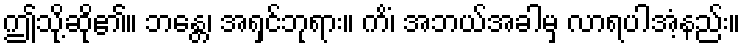
ဤသို့ဆို၏။ ဘန္တေ၊ အရှင်ဘုရား။ ကိံ၊ အဘယ်အခါမှ လာရပါအံ့နည်း။